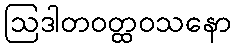
ဩဒါတဝတ္ထဝသနော